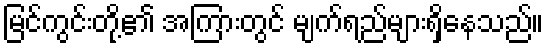
မြင်ကွင်းတို့၏ အကြားတွင် မျက်ရည်များရှိနေသည်။